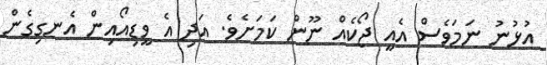
އުޅުނު ނަމަވެސް އެއީ ޖޯކެއް ނޫން ކަމަށެވެ. އަދި އެ ވީޑިއޯއިން އެނގިގެން